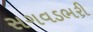
સગવડભરી